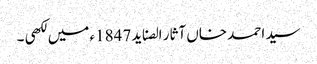
سید احمد خاں آثار الصناید 1847ء میں لکھی ۔